Indian journal of veterinary science and animal husbandry - Volumes 22-23, 1952-1953
Year: 1952
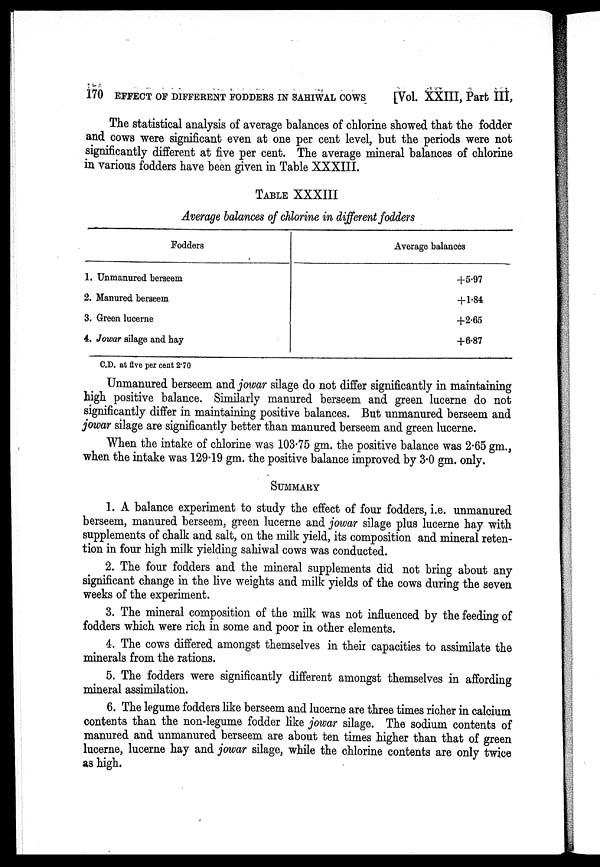
170 EFFECT OF DIFFERENT FODDERS IN SAHIWAL COWS
[Vol. XXIII, Part III,
The statistical analysis of average balances of chlorine showed that the fodder
and cows were significant even at one per cent level, but the periods were not
significantly different at five per cent. The average mineral balances of chlorine
in various fodders have been given in Table XXXIII.
TABLE XXXIII
Average balances of chlorine in different fodders
Fodders
1. Unmanured berseem
2. Manured berseem
3. Green lucerne
4. Jowar silage and hay
Average balances
+5.97
+1.84
+2.65
+6.87
C.D. at five per cent 2.70
Unmanured berseem and jowar silage do not differ significantly in maintaining
high positive balance. Similarly manured berseem and green lucerne do not
significantly differ in maintaining positive balances. But unmanured berseem and
jowar silage are significantly better than manured berseem and green lucerne.
When the intake of chlorine was 103.75 gm. the positive balance was 2.65 gm.,
when the intake was 129.19 gm. the positive balance improved by 3.0 gm. only.
SUMMARY
1. A balance experiment to study the effect of four fodders, i.e. unmanured
berseem, manured berseem, green lucerne and jowar silage plus lucerne hay with
supplements of chalk and salt, on the milk yield, its composition and mineral reten-
tion in four high milk yielding sahiwal cows was conducted.
2. The four fodders and the mineral supplements did not bring about any
significant change in the live weights and milk yields of the cows during the seven
weeks of the experiment.
3. The mineral composition of the milk was not influenced by the feeding of
fodders which were rich in some and poor in other elements.
4. The cows differed amongst themselves in their capacities to assimilate the
minerals from the rations.
5. The fodders were significantly different amongst themselves in affording
mineral assimilation.
6. The legume fodders like berseem and lucerne are three times richer in calcium
contents than the non-legume fodder like jowar silage. The sodium contents of
manured and unmanured berseem are about ten times higher than that of green
lucerne, lucerne hay and jowar silage, while the chlorine contents are only twice
as high.